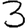
Digit: 3